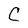
Character: C